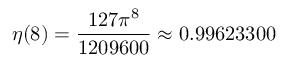
\eta ( 8 ) = { \frac { 1 2 7 \pi ^ { 8 } } { 1 2 0 9 6 0 0 } } \approx 0 . 9 9 6 2 3 3 0 0